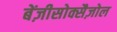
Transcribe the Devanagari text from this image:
बेंज़ीसोक्सैज़ोल